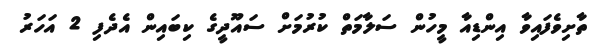
ތާށިވެފައިވާ އިންޑިއާ މީހުން ސަލާމަތް ކުރުމަށް ސައޫދީގެ ކިބައިން އެދެފި 2 އަހަރު